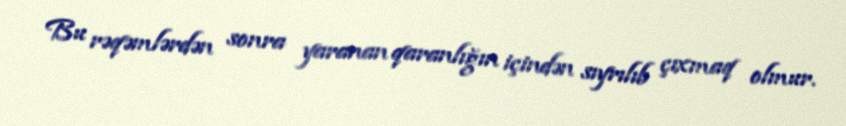
Bu rəqəmlərdən sonra yaranan qaranlığın içindən sıyrılıb çıxmaq olmur.